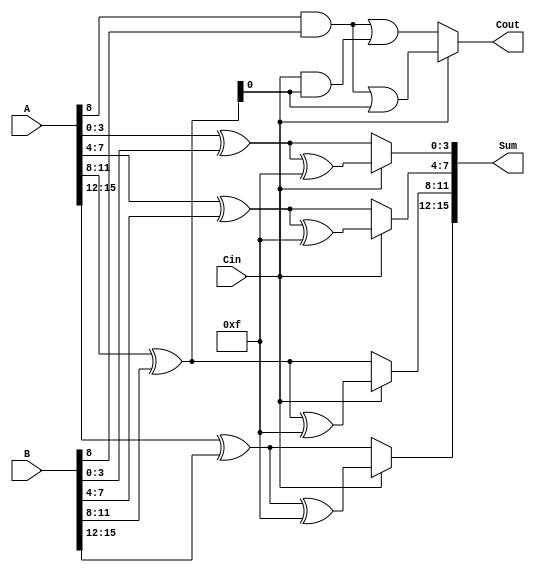
module StaticCarrySelectAdder #(
    parameter N = 16 // Total bit width of the adder
)(
    input [N-1:0] A,      // First input operand
    input [N-1:0] B,      // Second input operand
    input Cin,            // Carry input
    output [N-1:0] Sum,   // Sum output
    output Cout           // Carry output
);

    localparam BLOCK_SIZE = 4; // Bit width for each block
    localparam NUM_BLOCKS = N / BLOCK_SIZE;

    wire [BLOCK_SIZE-1:0] Sum0 [0:NUM_BLOCKS-1]; // Sum when Cin = 0
    wire [BLOCK_SIZE-1:0] Sum1 [0:NUM_BLOCKS-1]; // Sum when Cin = 1
    wire [NUM_BLOCKS-1:0] Cout0; // Carry out when Cin = 0
    wire [NUM_BLOCKS-1:0] Cout1; // Carry out when Cin = 1
    wire [NUM_BLOCKS-1:0] FinalCout; // Final carry out for each block

    genvar i, j;
    generate
        for (i = 0; i < NUM_BLOCKS; i = i + 1) begin : block
            // Generate block indices
            wire [BLOCK_SIZE-1:0] A_block = A[(i*BLOCK_SIZE) +: BLOCK_SIZE];
            wire [BLOCK_SIZE-1:0] B_block = B[(i*BLOCK_SIZE) +: BLOCK_SIZE];

            // Calculate Sum0 and Sum1 for each block
            assign Sum0[i] = A_block ^ B_block; // Sum when Cin = 0
            assign Sum1[i] = Sum0[i] ^ {BLOCK_SIZE{1'b1}}; // Sum when Cin = 1 (XOR with 1)

            // Calculate Cout when Cin = 0
            assign Cout0[i] = (A_block & B_block) | (Cin & Sum0[i]);

            // Calculate Cout when Cin = 1
            assign Cout1[i] = (A_block & B_block) | (1'b1 & Sum0[i]);

            // Select final Cout based on Cin
            if (i == 0) begin
                assign FinalCout[i] = Cout0[i];
            end else begin
                assign FinalCout[i] = Cin ? Cout1[i-1] : Cout0[i-1];
            end
        end
    endgenerate

    // MUX to select the appropriate sum based on the carry-in
    generate
        for (j = 0; j < NUM_BLOCKS; j = j + 1) begin : sum_mux
            assign Sum[(j*BLOCK_SIZE) +: BLOCK_SIZE] = Cin ? Sum1[j] : Sum0[j];
        end
    endgenerate

    // Final carry-out
    assign Cout = FinalCout[NUM_BLOCKS-1];

endmodule